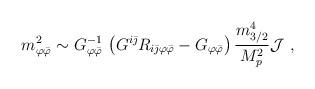
LaTeX: \begin{align*}m_{\varphi{\bar\varphi}}^2\sim G^{-1}_{\varphi{\bar\varphi}}\,\left( G^{i{\bar\jmath}}R_{i{\bar\jmath}\varphi{\bar\varphi}}-G_{\varphi{\bar\varphi}}\right){m_{3/2}^4\over M_p^2}{\cal J}\ ,\end{align*}